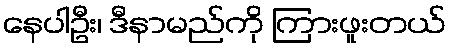
နေပါဦး၊ ဒီနာမည်ကို ကြားဖူးတယ်